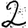
Digit: 2